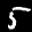
Label: 5